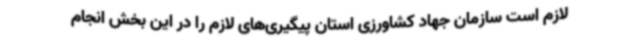
لازم است سازمان جهاد کشاورزی استان پیگیری‌های لازم را در این بخش انجام